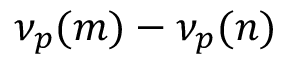
\nu _ { p } ( m ) - \nu _ { p } ( n )